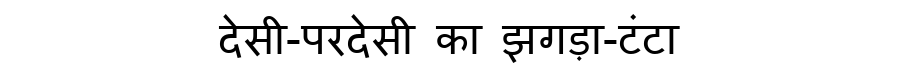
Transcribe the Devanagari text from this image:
देसी-परदेसी का झगड़ा-टंटा